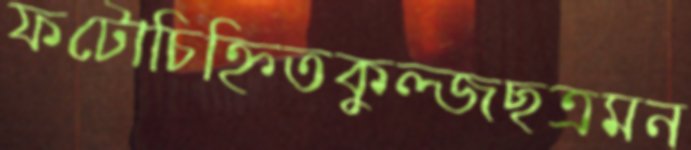
ফটোচিহ্নিতকুল্জছত্রমন